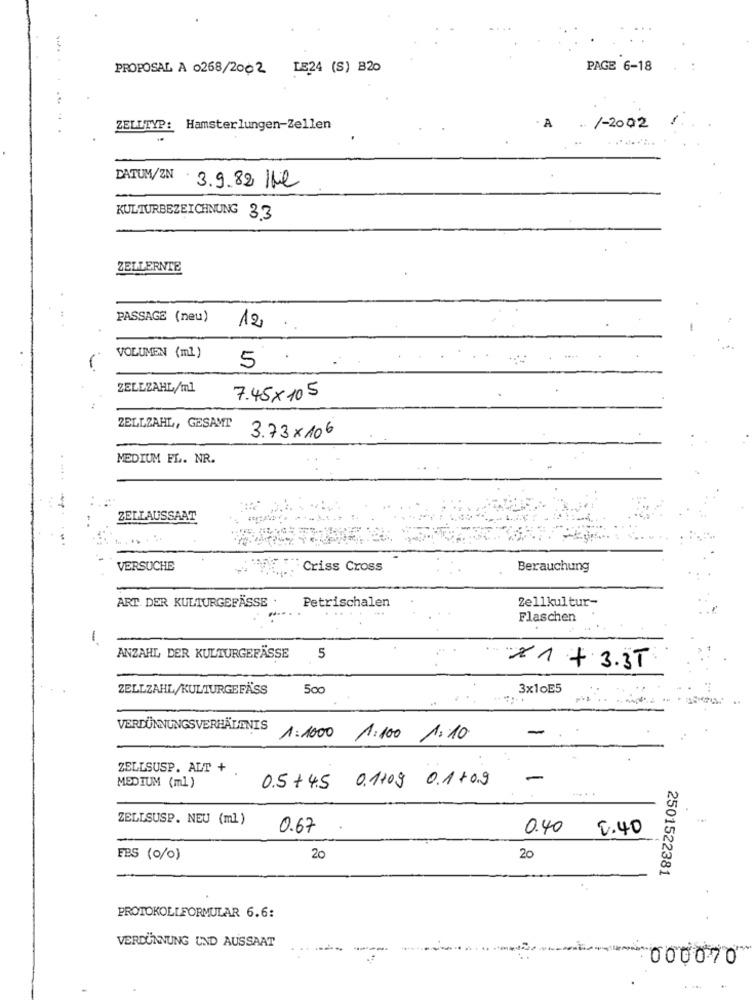
PROPOSAL A 0268/2002 LE24 (S) B20
PAGE 6-18
. .
ZELLTYP: Hamsterlungen-Zellen
. A
/-2002
DATUM/ZN
3.9.82 Ibie
KULTURBEZEICHNUNG 3.3
ZELLERNTE
PASSAGE (neu)
12
VOLUMEN (ml)
-
5
ZELEZAHL/ml
7.45×105
ZELLZAHL, GESAMT
3.73x106
MEDIUM FL. NR.
ZELLAUSSAAT
VERSUCHE
Criss Cross
Berauchung
ART DER KULTURGEFÄSSE
2ellkultur-
Petrischalen
Flaschen
-
ANZAHL DER KULTURGEFÄSSE
5
x1 + 3.3T
ZELLZAHL/KULTURGEFÄSS
3x10E5
VERDÜNNUNGSVERHÄLTNIS
$ 1:1000 1:100 1:10
ZELLSUSP. ALT +
0.5 +4.5 0.1109 0.1+0.9
-
MEDIUM (ml)
ZELLSUSP. NEU (ml)
0.67.
0.40 2.40
EBS (0/0)
20
20
2501522381
PROTOKOLLFORMULAR 6.6:
VERDÜNNUNG UND AUSSAAT
- 000070